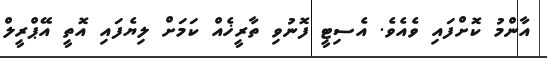
އާންމު ކޮށްފައި ވެއެވެ. އެސިޓީ ފޮނުވި ތާރީޚެއް ކަމަށް ލިޔެފައި އޮތީ އޭޕްރީލް